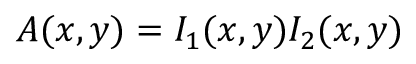
A ( x , y ) = I _ { 1 } ( x , y ) I _ { 2 } ( x , y )